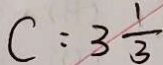
C : 3 \frac { 1 } { 3 }